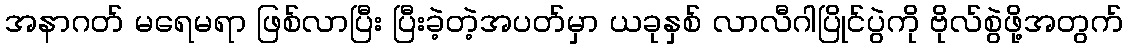
အနာဂတ် မရေမရာ ဖြစ်လာပြီး ပြီးခဲ့တဲ့အပတ်မှာ ယခုနှစ် လာလီဂါပြိုင်ပွဲကို ဗိုလ်စွဲဖို့အတွက်